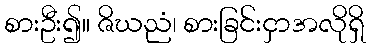
စားဦး၍။ ဇိဃညံ၊ စားခြင်းငှာအလိုရှိ